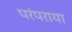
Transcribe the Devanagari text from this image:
परंपराया